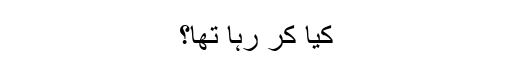
کیا کر رہا تھا؟